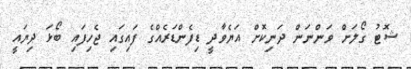
ޝޮޓު ގޯލަށް ވަންނަން ދަނިކޮށް އަޔެވާދީ ޑިފެންޑަރެއްގެ ފައިގައި ޖެހިފައި ބޯޅަ ދިޔައީ